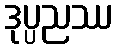
ဒုပ္ပညဿ